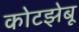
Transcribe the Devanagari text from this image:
कोटझेबू